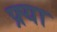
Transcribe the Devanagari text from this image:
फ्र्या